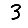
Digit: 3